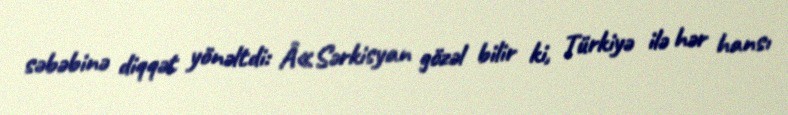
səbəbinə diqqət yönəltdi: Â«Sərkisyan gözəl bilir ki, Türkiyə ilə hər hansı